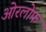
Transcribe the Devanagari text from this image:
ओरलोफ़